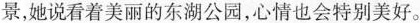
景，她说看着美丽的东湖公园，心情也会特别美好。